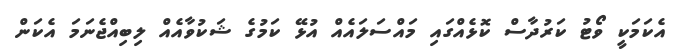
އެކަމަކީ ވޯޓު ކަރުދާސް ކޮޅެއްގައި މައްސަލައެއް އުޅޭ ކަމުގެ ޝަކުވާއެއް ލިބިއްޖެނަމަ އެކަން